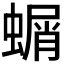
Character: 𮔱